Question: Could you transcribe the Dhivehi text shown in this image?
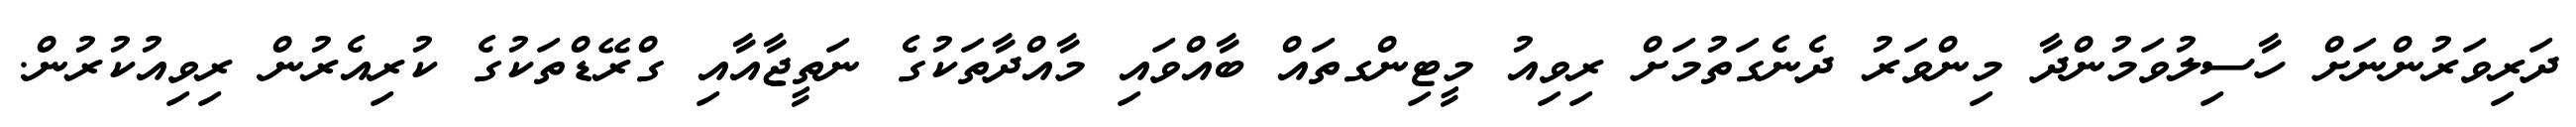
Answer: ދަރިވަރުންނަށް ހާސިލުވަމުންދާ މިންވަރު ދެނެގަތުމަށް ރިވިއު މީޓިންގތައް ބާއްވައި މާއްދާތަކުގެ ނަތީޖާއާއި ގްރޭޑްތަކުގެ ކުރިއެރުން ރިވިއުކުރުން.